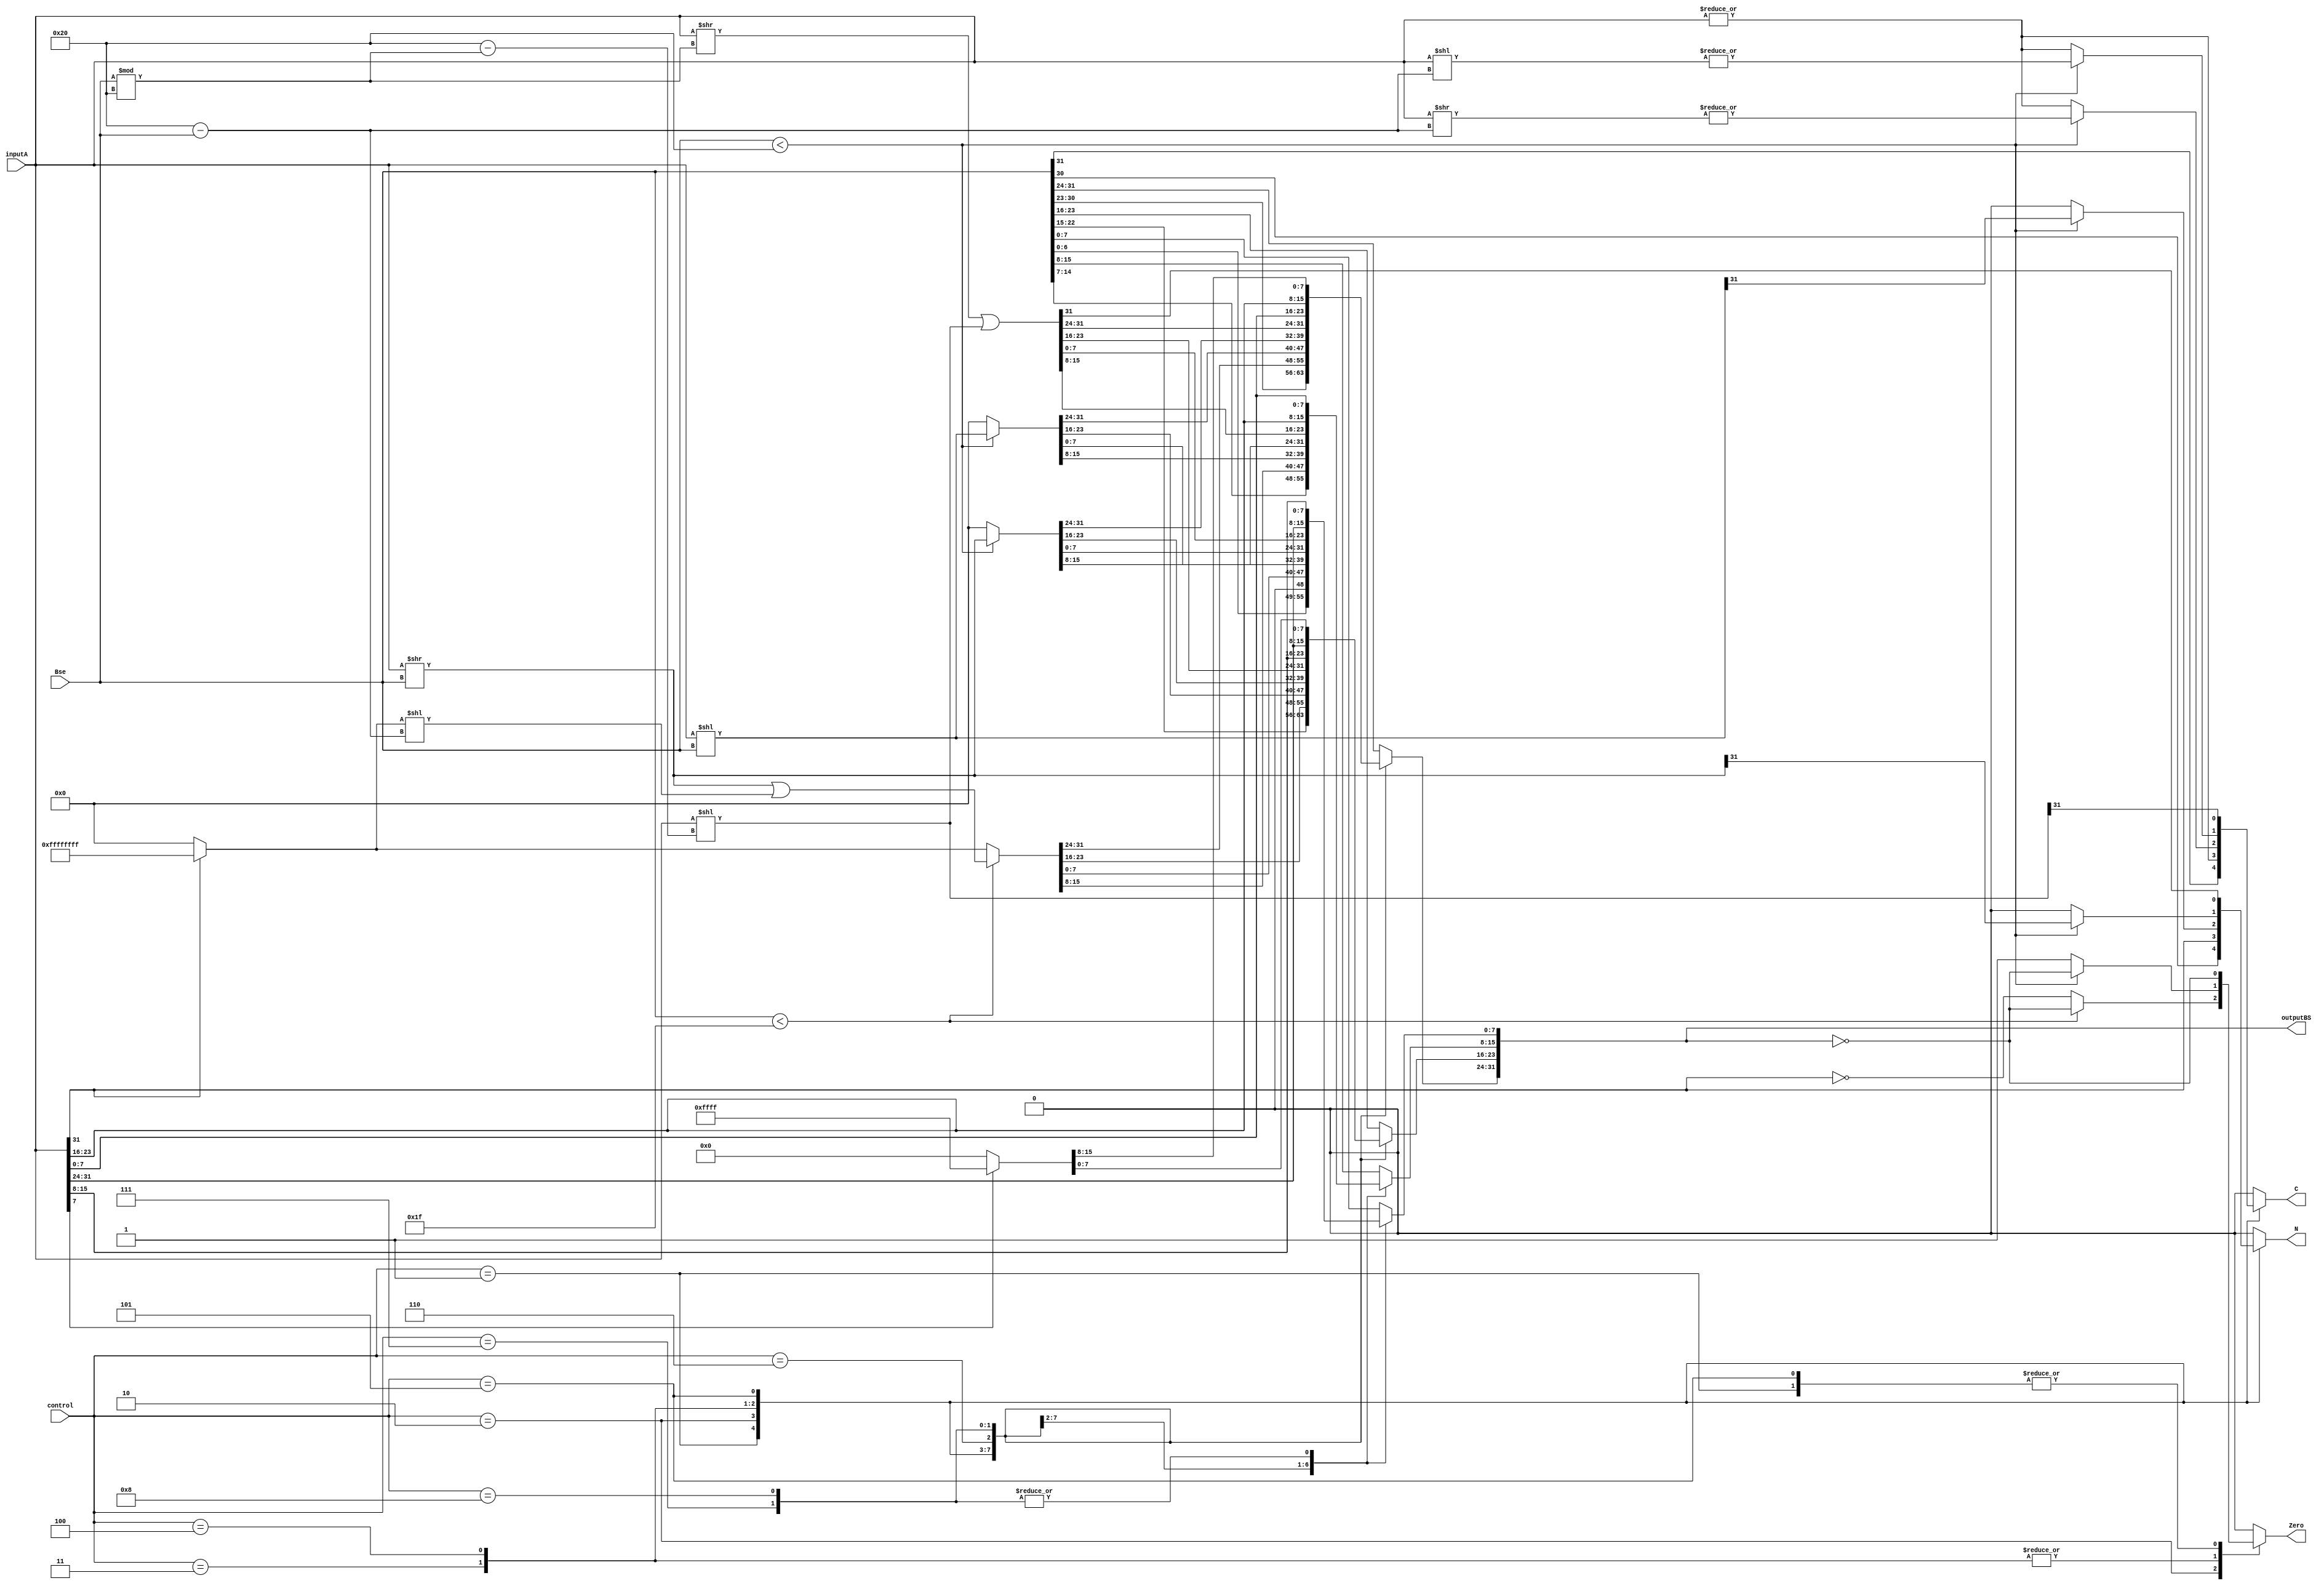
module BarrelShifter(
  inputA, Bse,
  control,
  outputBS,
  N, Zero, C
  );
  input [31:0] inputA, Bse;
  input [3:0] control;
  output reg N, Zero, C;
  output reg [31:0] outputBS;
  reg [31:0] aux1, aux3;
  reg aux2;
  wire zer;
  assign zer = (outputBS == 0);
  always @ ( * ) begin
    N=0; Zero=0; C=0; 
    outputBS=0; 
    aux1=0; aux2=0; aux3=0; 
    case (control)
      1:begin 
        {aux2,outputBS}=Bse<<1;
        C=aux2;
        Zero=zer;
        N=outputBS[31];
      end
      2:begin 
        aux2=inputA[31];
        if (Bse<31) begin
          aux3=inputA>>Bse;
          aux1 = (aux2)? 32'hffffffff : 32'h0;
          aux1=aux1<<32-Bse;
          outputBS= aux3|aux1;
          C=|inputA;
          Zero=zer;
          N=aux2;
        end else begin
          C=|inputA;
          outputBS = (aux2) ? 32'hffffffff : 32'h0;
          Zero=!aux2;
          N=aux2;
        end
      end
      3:begin 
        if (Bse<32) begin
          outputBS=inputA<<Bse;
          aux1=inputA>>32-Bse;
          C=|aux1;
          Zero=zer;
          N=outputBS[31];
        end else begin
          C=|inputA;
          outputBS=0;
          Zero=1;
          N=0;
        end
      end
      4:begin 
        if (Bse<32) begin
          outputBS=inputA>>Bse;
          aux1=inputA<<32-Bse;
          C=|aux1;
          Zero=zer;
          N=outputBS[31];
        end else begin
          C=|inputA;
          outputBS=0;
          Zero=1;
          N=0;
        end
      end
      5:begin 
        outputBS=inputA>>Bse%32;
        aux1=inputA<<32-(Bse % 32);
        outputBS=outputBS | aux1;
        C=aux1[31];
        Zero=zer;
        N=outputBS[31];
      end
      6:begin 
        outputBS[31:24]=inputA[7:0];
        outputBS[23:16]=inputA[15:8];
        outputBS[15:8]=inputA[23:16];
        outputBS[7:0]=inputA[31:24];
      end
      7:begin 
        outputBS[31:24]=inputA[23:16];
        outputBS[23:16]=inputA[31:24];
        outputBS[15:8]=inputA[7:0];
        outputBS[7:0]=inputA[15:8];
      end
      8:begin 
        outputBS[31:16]=(inputA[7]) ? 16'hFFFF :16'h0;
        outputBS[15:8]=inputA[7:0];
        outputBS[7:0]=inputA[15:8];
      end
      default:begin
        outputBS=Bse;
      end
    endcase
  end
endmodule